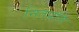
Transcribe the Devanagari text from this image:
नितप्रति